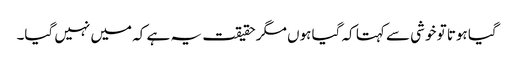
گیا ہوتا تو خوشی سے کہتا کہ گیا ہوں مگر حقیقت یہ ہے کہ میں نہیں گیا۔